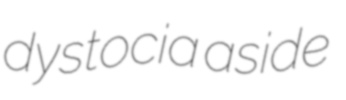
dystocia aside